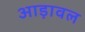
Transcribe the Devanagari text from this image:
आड़ावल